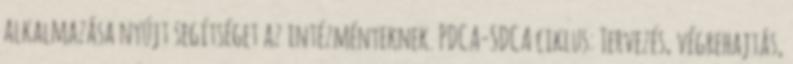
alkalmazása nyújt segítséget az intézményeknek. PDCA-SDCA ciklus: Tervezés, végrehajtás,